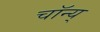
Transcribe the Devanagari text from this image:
चॉन्य्